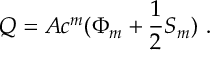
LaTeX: Q = A c ^ { m } ( \Phi _ { m } + \frac { 1 } { 2 } S _ { m } ) ~ .